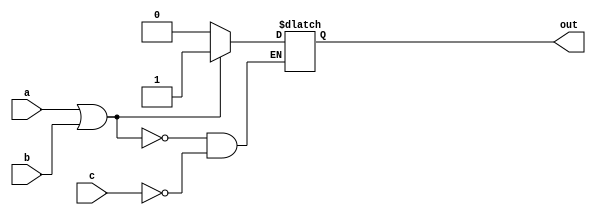
module behavioral_block (
    input a,
    input b,
    input c,
    output reg out
);

always @ (*)
begin
    if (a || b) begin
        out <= 1;
    end
    else if (c) begin
        out <= 0;
    end
end

endmodule